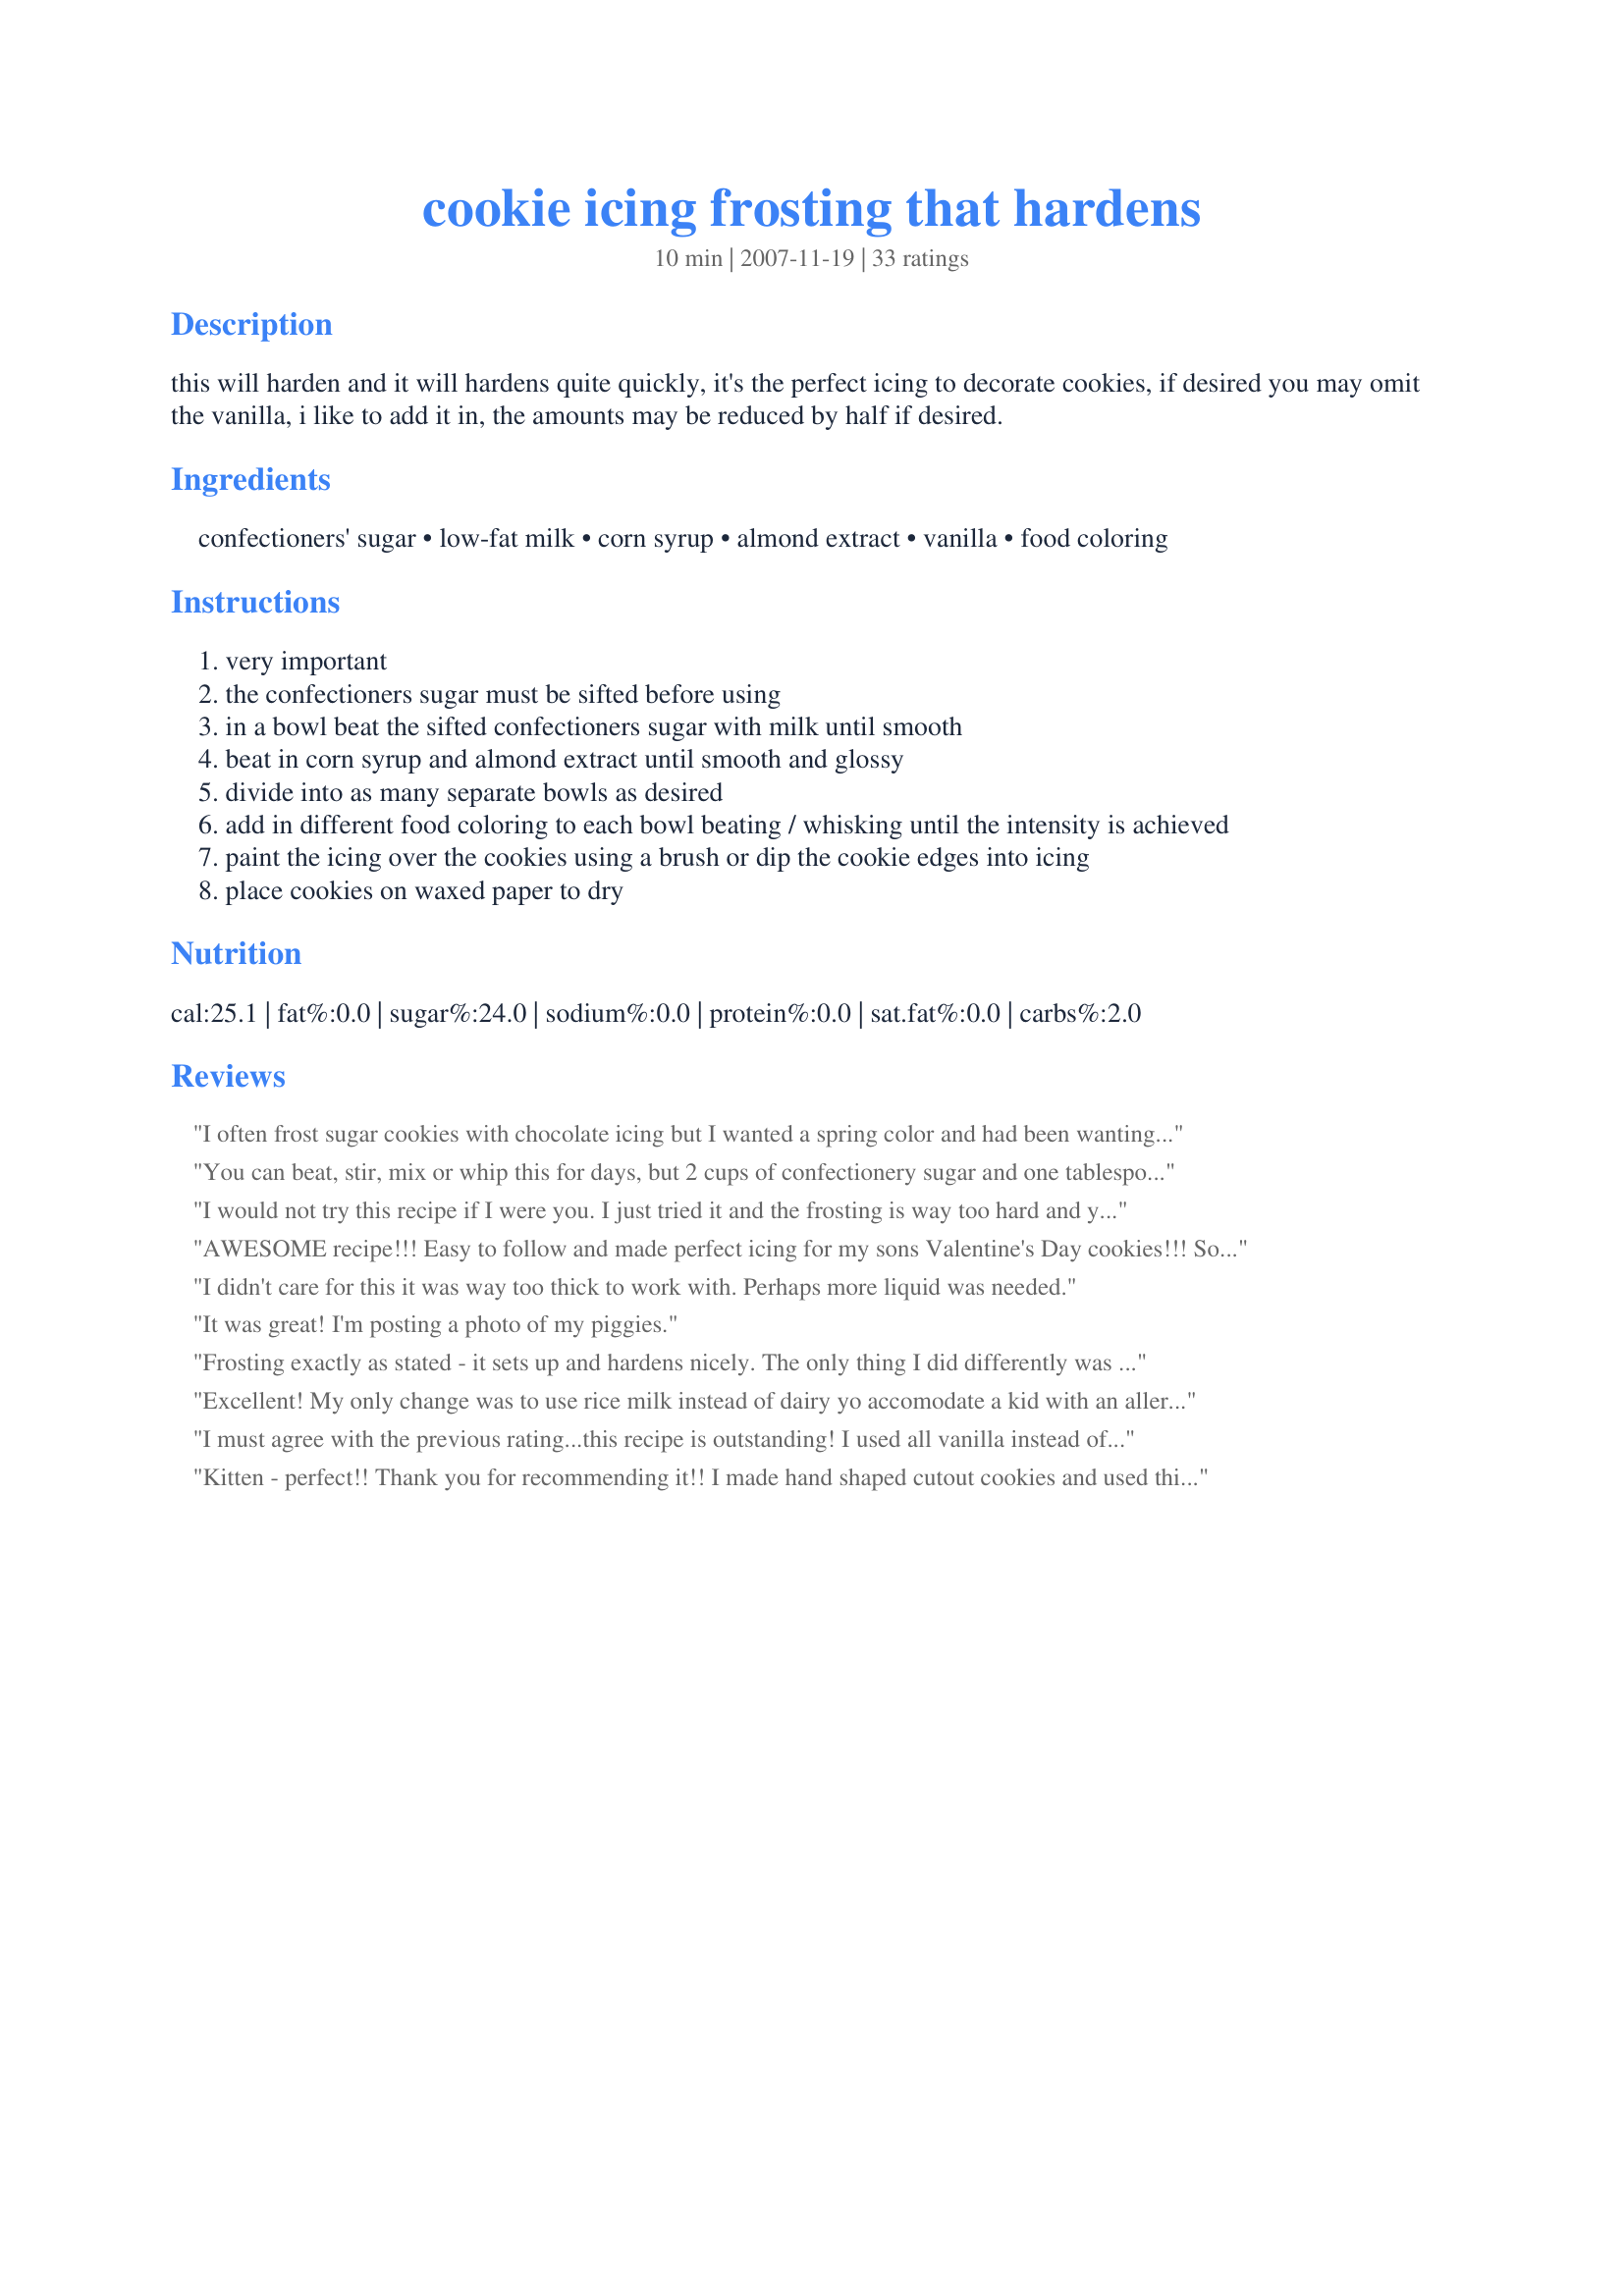
cookie icing frosting that hardens
Preparation time: 10 minutes

this will harden and it will hardens quite quickly, it's the perfect icing to decorate cookies, if desired you may omit the vanilla, i like to add it in, the amounts may be reduced by half if desired.

Ingredients:
confectioners' sugar, low-fat milk, corn syrup, almond extract, vanilla, food coloring

Steps:
very important
the confectioners sugar must be sifted before using
in a bowl beat the sifted confectioners sugar with milk until smooth
beat in corn syrup and almond extract until smooth and glossy
divide into as many separate bowls as desired
add in different food coloring to each bowl beating / whisking until the intensity is achieved
paint the icing over the cookies using a brush or dip the cookie edges into icing
place cookies on waxed paper to dry

Reviews:
I often frost sugar cookies with chocolate icing but I wanted a spring color and had been wanting to try this recipe for a while. Kittencal&#039;s recipes are dependable. Definitely a different texture to frost with but works wells and looks really sharp and tastes good. Thanks, Kittencal!
You can beat, stir, mix or whip this for days, but 2 cups of confectionery sugar and one tablespoon of milk will never result in anything smooth. That means that all the &quot;reviewers&quot; not mentioning that flaw never actually tried making it.&lt;br/&gt;With 3+ tablespoons of milk, it&#039;s flawless.
I would not try this recipe if I were you. I just tried it and the frosting is way too hard and you can't mix it into a frosting... just a powdery mess. I had to abandon it and start over with another recipe.
AWESOME recipe!!! Easy to follow and made perfect icing for my sons Valentine's Day cookies!!! So easy, and simple to follow. Everyone has the ingredients in their cupboards!! This is by far the best recipe online!!!
I didn't care for this it was way too thick to work with. Perhaps more liquid was needed.
It was great! I'm posting a photo of my piggies.
Frosting exactly as stated - it sets up and hardens nicely. The only thing I did differently was to thin the frosting with an additional 1/2 tsp of milk because I used it as a beautiful abstract glaze on a cinnamon raisin loaf and I wanted to be able to drizzle it. I was nervous that it might not set up because I changed the recipe - but it dried to a shiny hard consistency. This is my new go-to glaze recipe.
Excellent! My only change was to use rice milk instead of dairy yo accomodate a kid with an allergy. I had to use 2 tblsp of rice milk. I colored it, and added strawberry extract. I dipped the cookies and wiped/spread with pastry brush. Great recipe, thanl uou.
I must agree with the previous rating...this recipe is outstanding! I used all vanilla instead of mixing it up with the almond, but other than that...right on the money. Thanks for a great recipe! :)
Kitten - perfect!! Thank you for recommending it!! I made hand shaped cutout cookies and used this glaze to frost them. And I added the silver balls to the ring finger for a wedding band - they were adorable!
I decided to make basketball cookies for an end of the year surprise for my team and this frosting was PERFECT! We colored the icing orange and it hardened perfectly so we could finish them off with black basketball lines. My only regret is not taking a picture!
In a small bowl, stir together 1 cup confectioners' sugar and 2 Tsp milk until smooth. Beat in 2 Tsp corn syrup and 1/4 tsp almond extract until icing is smooth and glossy. If icing is too thick, add more corn syrup. Divide into separate bowls, and add food colorings to each to desired intensity. Dip cookies, or paint them with a brush.
I really loved this frosting for our Christmas sugar cookies. Had help with the cookies from our littlest angel so may not have been as pretty as it could have been but tasted great and was she ever proud of them. It did harden up just as we wanted and looked great on our tray. It was to thick for my to use a pastry brush to spread but that's probably more to do with my ability than anything else. Thanks Kitten for a great recipe that will be our go to for any cookies needing a little extra something.
There's no way that icing measurement is right for a tablespooon of milk. Did two and still did nothing to actually make anything resembling icing.
I can't believe I've found an icing recipe that isn't overly complicated, with beautiful results!! We used this tonight w/ our sugar cookies & it is simple to make, tastes good, & also hardens quickly.We did color ours & found that we had to put the sprinkles on immediately, because it sets quickly.Thanks for a keeper!!
When do you mix the vanilla in? Or is it a earth vanilla or almond extract?
This is a really good recipe. Normally I can&#039;t stand decorating cookies. It&#039;s my least favorite baking chore. I&#039;d rather wash dishes than frost cookies. But this stuff was really fun to work with! It was too thick to paint on with pastry brush. I spread it on shortbread cookies with a small angled spatula. It was a beautiful thick consistency and went on like a dream. It tastes good too. Darn I wish I&#039;d found this recipe sooner. Thx Kittencal!
Requires an addl 1 1/4 teaspoon milk and 1+teaspoon corn syrup. And with those additions, it only made enough icing for 22 sugar cookies. Not a good recipe. And if using for 'white' icing, need to use clear vanilla. I guess that would be a given for a seasoned baker, which I am not.
This is fabulous icing! It really looks beautiful on sugar cookies and adds a lovely sweetness to them. I used a little more than 1 tablespoon milk and didn't use almond extract. It dries very quickly but it is very easy to spread on cookies. It leaves behind a glossy shine. Thanks so much for sharing Kittencal! I'll be using this again!
Can you add cream cheese to this frosting
This is a wonderful tasting icing and is very shiny when it dries. Mine didn't completely dry hard like royal icing so it was much easier to eat. I brought cookies to a party and people went nuts over them. I did add the almond extract but omitted the vanilla as I wanted the cookies pure white.
I&#039;ve used this recipe for years for my Valentine Day cookies. I&#039;ve never had a problem with lumps - I use a electric hand mixer to mix this. I use vanilla flavoring only - because I don&#039;t like almond flavoring. I half the recipe and make 4 different colors. I frost 5 dozen cookies with it, which are approximately 3 x 3 in size.
Best icing recipe I have tried yet and I have tried lots. Perfect proportions. Thanks for a great recipe!
I was a little skeptical when I saw all the almond extract you call for and even more skeptical when I tasted the wet icing. Actually, the wet glaze tasted so awful that I threw it away and made a different one... what a mistake! The hardened icing was flavorful, delicious, and beautiful to look at. I should have known.... :) Thanks for another great recipe!
great alternative to royal icing, when you are looking for something that dries to a 'softer' hard (if that makes sense). Easy to make and easy to use! I too needed a bit more milk.
Great flavor. Needed a bit more milk as well as another tablespoon more corn syrup to get a smooth consistency. Maybe I still got the icing too thick, but it took hours to harden to where they were stackable without getting dents. I don't mean to be too harsh though, this is great for dipping the cookie tops, and for piping onto the cookies to fill in large spaces too. Very important to sift the powdered sugar! First batch had little lumps because I forgot!
I used this to decorate Recipe #158199 and it worked great! I've always been a pretty bad cake decorator, and this icing was very easy to use and helped make my baby blocks turn out super cute! Thanks Kittencal for yet another awsome recipe!
I want to make cookies to decorate for late summer. Can I ice the cookies then freeze them or ice them when I defrost them near the time when needed?
This did harden nicely, but I found it a bit thick to work with, but my icing skills are real rusty. I think with practice, it would work. I couldn't "beat until smooth" as directed with only 1 tablespoon milk to two cups sugar, so added a tad bit more milk. Made for Christmas Cookie game at kittencalskitchen.com
This worked well, once I got the consistency right. I used a paint brush and applied 1 light coat and then immediately a heavier coat. This took about 2 hours to set up so that I could stack them. I made cookies that looked like schnauzer dogs and have submitted a photo. I would recommend this frosting. Keep in mind that this won't taste like buttercream frosting. It is good but different than a fluffy tasting frosting.
This turned out to be the best frosting/icing ever.
Easy & Works!
This worked well and looked to so pretty! I too needed additional milk to make it spreadable. Thanks for posting!
